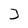
Character: 3